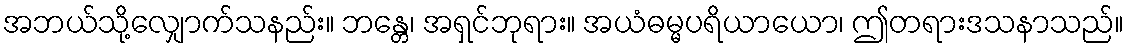
အဘယ်သို့လျှောက်သနည်း။ ဘန္တေ၊ အရှင်ဘုရား။ အယံဓမ္မပရိယာယော၊ ဤတရားဒသနာသည်။